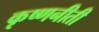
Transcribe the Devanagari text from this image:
कृष्णनीती